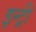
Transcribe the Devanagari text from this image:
इन्ट्री